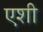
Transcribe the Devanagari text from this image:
एशी